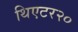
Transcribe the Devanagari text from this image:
थिएटर२०